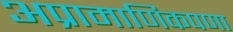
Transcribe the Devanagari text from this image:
अप्रामाणिकपणा